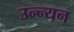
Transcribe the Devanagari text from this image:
उन्न्यन